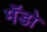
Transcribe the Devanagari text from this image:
मॅडो